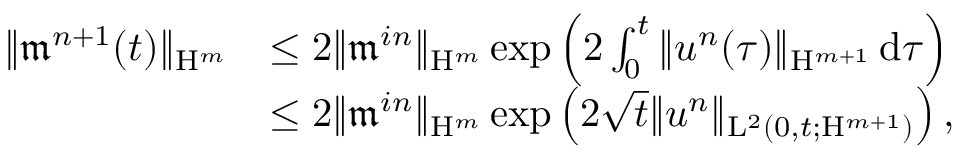
\begin{array} { r l } { \Vert \mathfrak { m } ^ { n + 1 } ( t ) \Vert _ { \mathrm { H } ^ { m } } } & { \leq 2 \Vert \mathfrak { m } ^ { i n } \Vert _ { \mathrm { H } ^ { m } } \exp \left( 2 \int _ { 0 } ^ { t } \Vert u ^ { n } ( \tau ) \Vert _ { \mathrm { H } ^ { m + 1 } } \, \mathrm { d } \tau \right) } \\ & { \leq 2 \Vert \mathfrak { m } ^ { i n } \Vert _ { \mathrm { H } ^ { m } } \exp \left( 2 \sqrt { t } \Vert u ^ { n } \Vert _ { \mathrm { L } ^ { 2 } ( 0 , t ; \mathrm { H } ^ { m + 1 } ) } \right) , } \end{array}